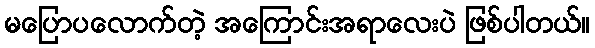
မပြောပလောက်တဲ့ အကြောင်းအရာလေးပဲ ဖြစ်ပါတယ်။